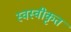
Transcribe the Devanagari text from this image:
स्वस्वीकृत